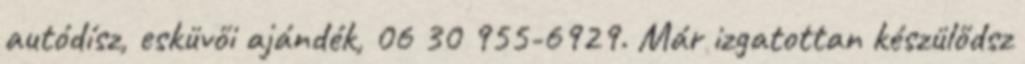
autódísz, esküvői ajándék, 06 30 955-6929. Már izgatottan készülődsz